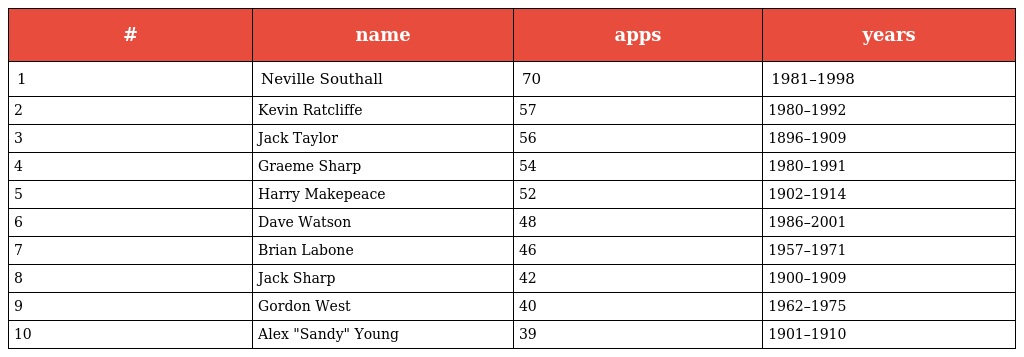
| # | name | apps | years |
 | --- | --- | --- | --- |
 | 1 | Neville Southall | 70 | 1981–1998 |
 | 2 | Kevin Ratcliffe | 57 | 1980–1992 |
 | 3 | Jack Taylor | 56 | 1896–1909 |
 | 4 | Graeme Sharp | 54 | 1980–1991 |
 | 5 | Harry Makepeace | 52 | 1902–1914 |
 | 6 | Dave Watson | 48 | 1986–2001 |
 | 7 | Brian Labone | 46 | 1957–1971 |
 | 8 | Jack Sharp | 42 | 1900–1909 |
 | 9 | Gordon West | 40 | 1962–1975 |
 | 10 | Alex "Sandy" Young | 39 | 1901–1910 |